Preliminary report on the killing of rats and rat fleas by hydrocyanic acid gas - Number 38
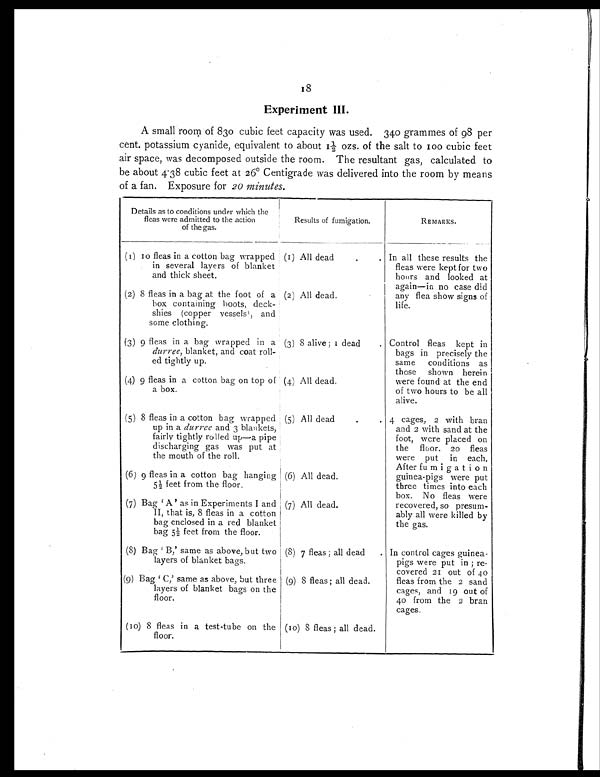
18
Experiment III.
A small room of 830 cubic feet capacity was used. 340 grammes of 98 per
cent. potassium cyanide, equivalent to about 1½ ozs. of the salt to 100 cubic feet
air space, was decomposed outside the room. The resultant gas, calculated to
be about 4.38 cubic feet at 26° Centigrade was delivered into the room by means
of a fan. Exposure for 20 minutes.
Details as to conditions under which the
fleas were admitted to the action
of the gas.
Results of fumigation.
REMARKS.
(1) 10 fleas in a cotton bag wrapped
in several layers of blanket
and thick sheet.
(1) All dead . . In all these results the
fleas were kept for two
hours and looked at
again—in no case did
any flea show signs of
life.
(2) 8 fleas in a bag at the foot of a
box containing boots, deck-
shies (copper vessels), and
some clothing.
(2) All dead.
(3) 9 fleas in a bag wrapped in a
durree, blanket, and coat roll-
ed tightly up.
(3) 8 alive; 1 dead . Control fleas kept in
bags in precisely the
same conditions as
those shown herein
were found at the end
of two hours to be all
alive.
(4) 9 fleas in a cotton bag on top of
a box.
(4) All dead.
(5) 8 fleas in a cotton bag wrapped
up in a durree and 3 blankets,
fairly tightly rolled up—a pipe
discharging gas was put at
the mouth of the roll.
(5) All dead . . 4 cages, 2 with bran
and 2 with sand at the
foot, were placed on
the floor. 20 fleas
were put in each.
After fumigation
guinea-pigs were put
three times into each
box. No fleas were
recovered, so presum-
ably all were killed by
the gas.
(6) 9 fleas in a cotton bag hanging
5½ feet from the floor.
(6) All dead.
(7) Bag 'A' as in Experiments I and
II, that is, 8 fleas in a cotton
bag enclosed in a red blanket
bag 5½ feet from the floor.
(7) All dead.
(8) Bag 'B,' same as above, but two
layers of blanket bags.
(8) 7 fleas; all dead . In control cages guinea-
pigs were put in; re-
covered 21 out of 40
fleas from the 2 sand
cages, and 19 out of
40 from the 2 bran
cages.
(9) Bag 'C,' same as above, but three
layers of blanket bags on the
floor.
(9) 8 fleas; all dead.
(10) 8 fleas in a test-tube on the
floor.
(10) 8 fleas; all dead.